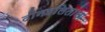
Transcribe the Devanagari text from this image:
दीनदलितांना